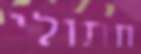
חתולי